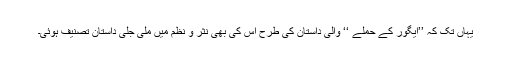
یہاں تک کہ ’’ایگور کے حملے ‘‘ والی داستان کی طرح اس کی بھی نثر و نظم میں ملی جلی داستان تصنیف ہوئی۔